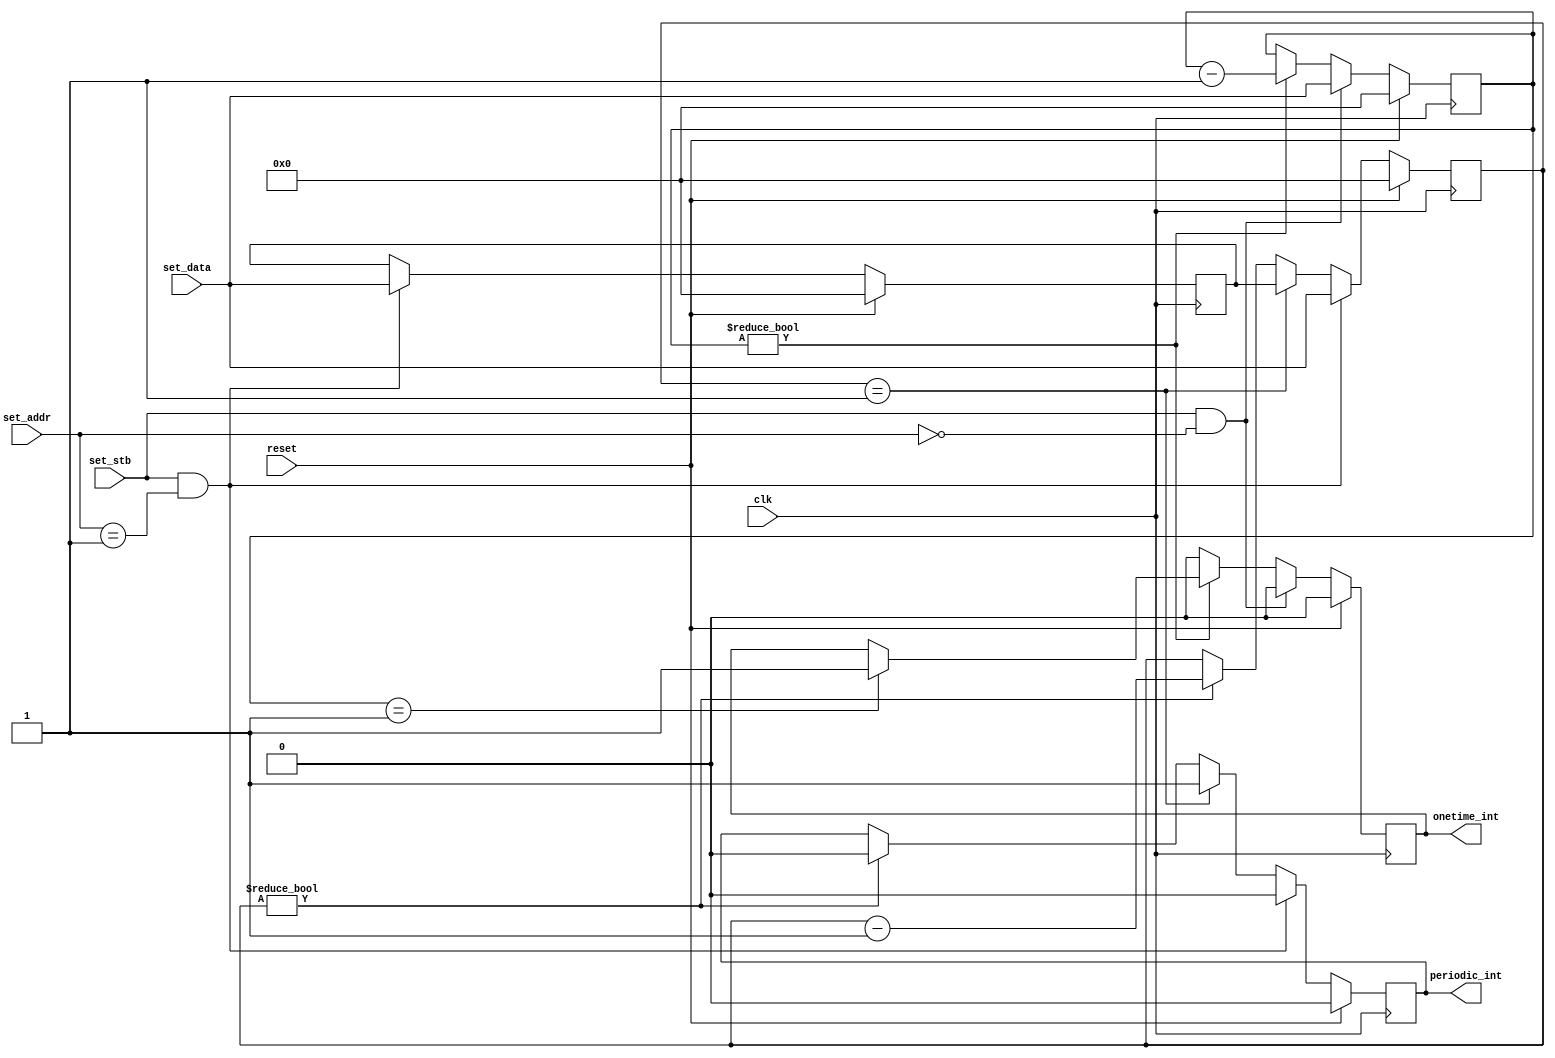
//
// Copyright 2011 Ettus Research LLC
//
// This program is free software: you can redistribute it and/or modify
// it under the terms of the GNU General Public License as published by
// the Free Software Foundation, either version 3 of the License, or
// (at your option) any later version.
//
// This program is distributed in the hope that it will be useful,
// but WITHOUT ANY WARRANTY; without even the implied warranty of
// MERCHANTABILITY or FITNESS FOR A PARTICULAR PURPOSE.  See the
// GNU General Public License for more details.
//
// You should have received a copy of the GNU General Public License
// along with this program.  If not, see <http://www.gnu.org/licenses/>.
//



module simple_timer
  #(parameter BASE=0)
   (input clk, input reset,
    input set_stb, input [7:0] set_addr, input [31:0] set_data,
    output reg onetime_int, output reg periodic_int);

   reg [31:0]  onetime_ctr;
   always @(posedge clk)
     if(reset)
       begin
	  onetime_int 	  <= 0;
	  onetime_ctr 	  <= 0;
       end
     else
       if(set_stb & (set_addr == BASE))
	 begin
	    onetime_int   <= 0;
	    onetime_ctr   <= set_data;
	 end
       else 
	 begin
	    if(onetime_ctr == 1)
	      onetime_int <= 1;
	    if(onetime_ctr != 0)
	      onetime_ctr <= onetime_ctr - 1;
	    else
	      onetime_int <= 0;
	 end // else: !if(set_stb & (set_addr == BASE))
   
   reg [31:0]  periodic_ctr, period;
   always @(posedge clk)
     if(reset)
       begin
	  periodic_int 	     <= 0;
	  periodic_ctr 	     <= 0;
	  period 	     <= 0;
       end
     else
       if(set_stb & (set_addr == (BASE+1)))
	 begin
	    periodic_int     <= 0;
	    periodic_ctr     <= set_data;
	    period 	     <= set_data;
	 end
       else 
	 if(periodic_ctr == 1)
	   begin
	      periodic_int   <= 1;
	      periodic_ctr   <= period;
	   end
	 else
	   if(periodic_ctr != 0)
	     begin
		periodic_int <= 0;
		periodic_ctr <= periodic_ctr - 1;
	     end
   
endmodule // simple_timer